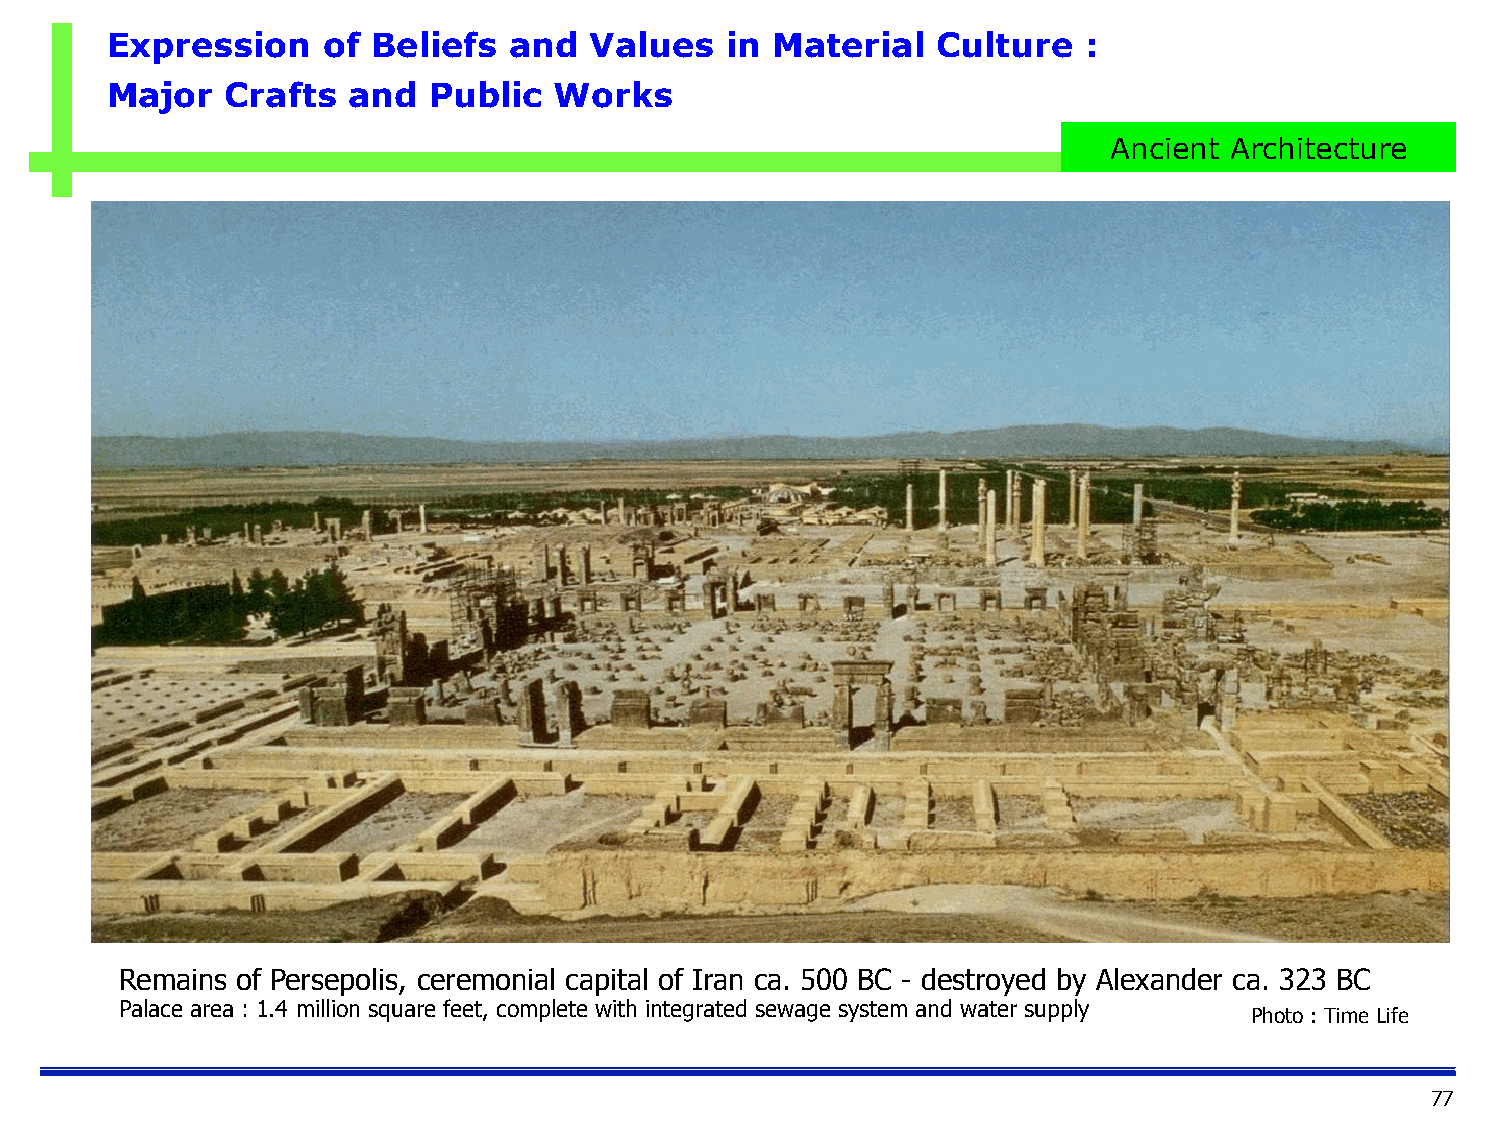
Expression    of  Beliefs  and  Values   in Material   Culture   :
 Major   Crafts  and  Public   Works
 Ancient Architecture
 Remains of Persepolis, ceremonial capital of Iran ca. 500 BC - destroyed by Alexander ca. 323 BC
 Palace area : 1.4 million square feet, complete with integrated sewage system and water supply
 Photo : Time Life
 77